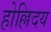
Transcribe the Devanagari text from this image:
होल्लिदय